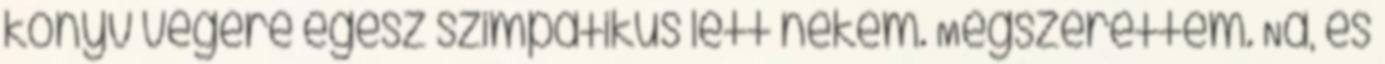
könyv végére egész szimpatikus lett nekem. Megszerettem. Na, és